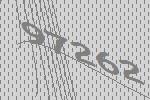
97262